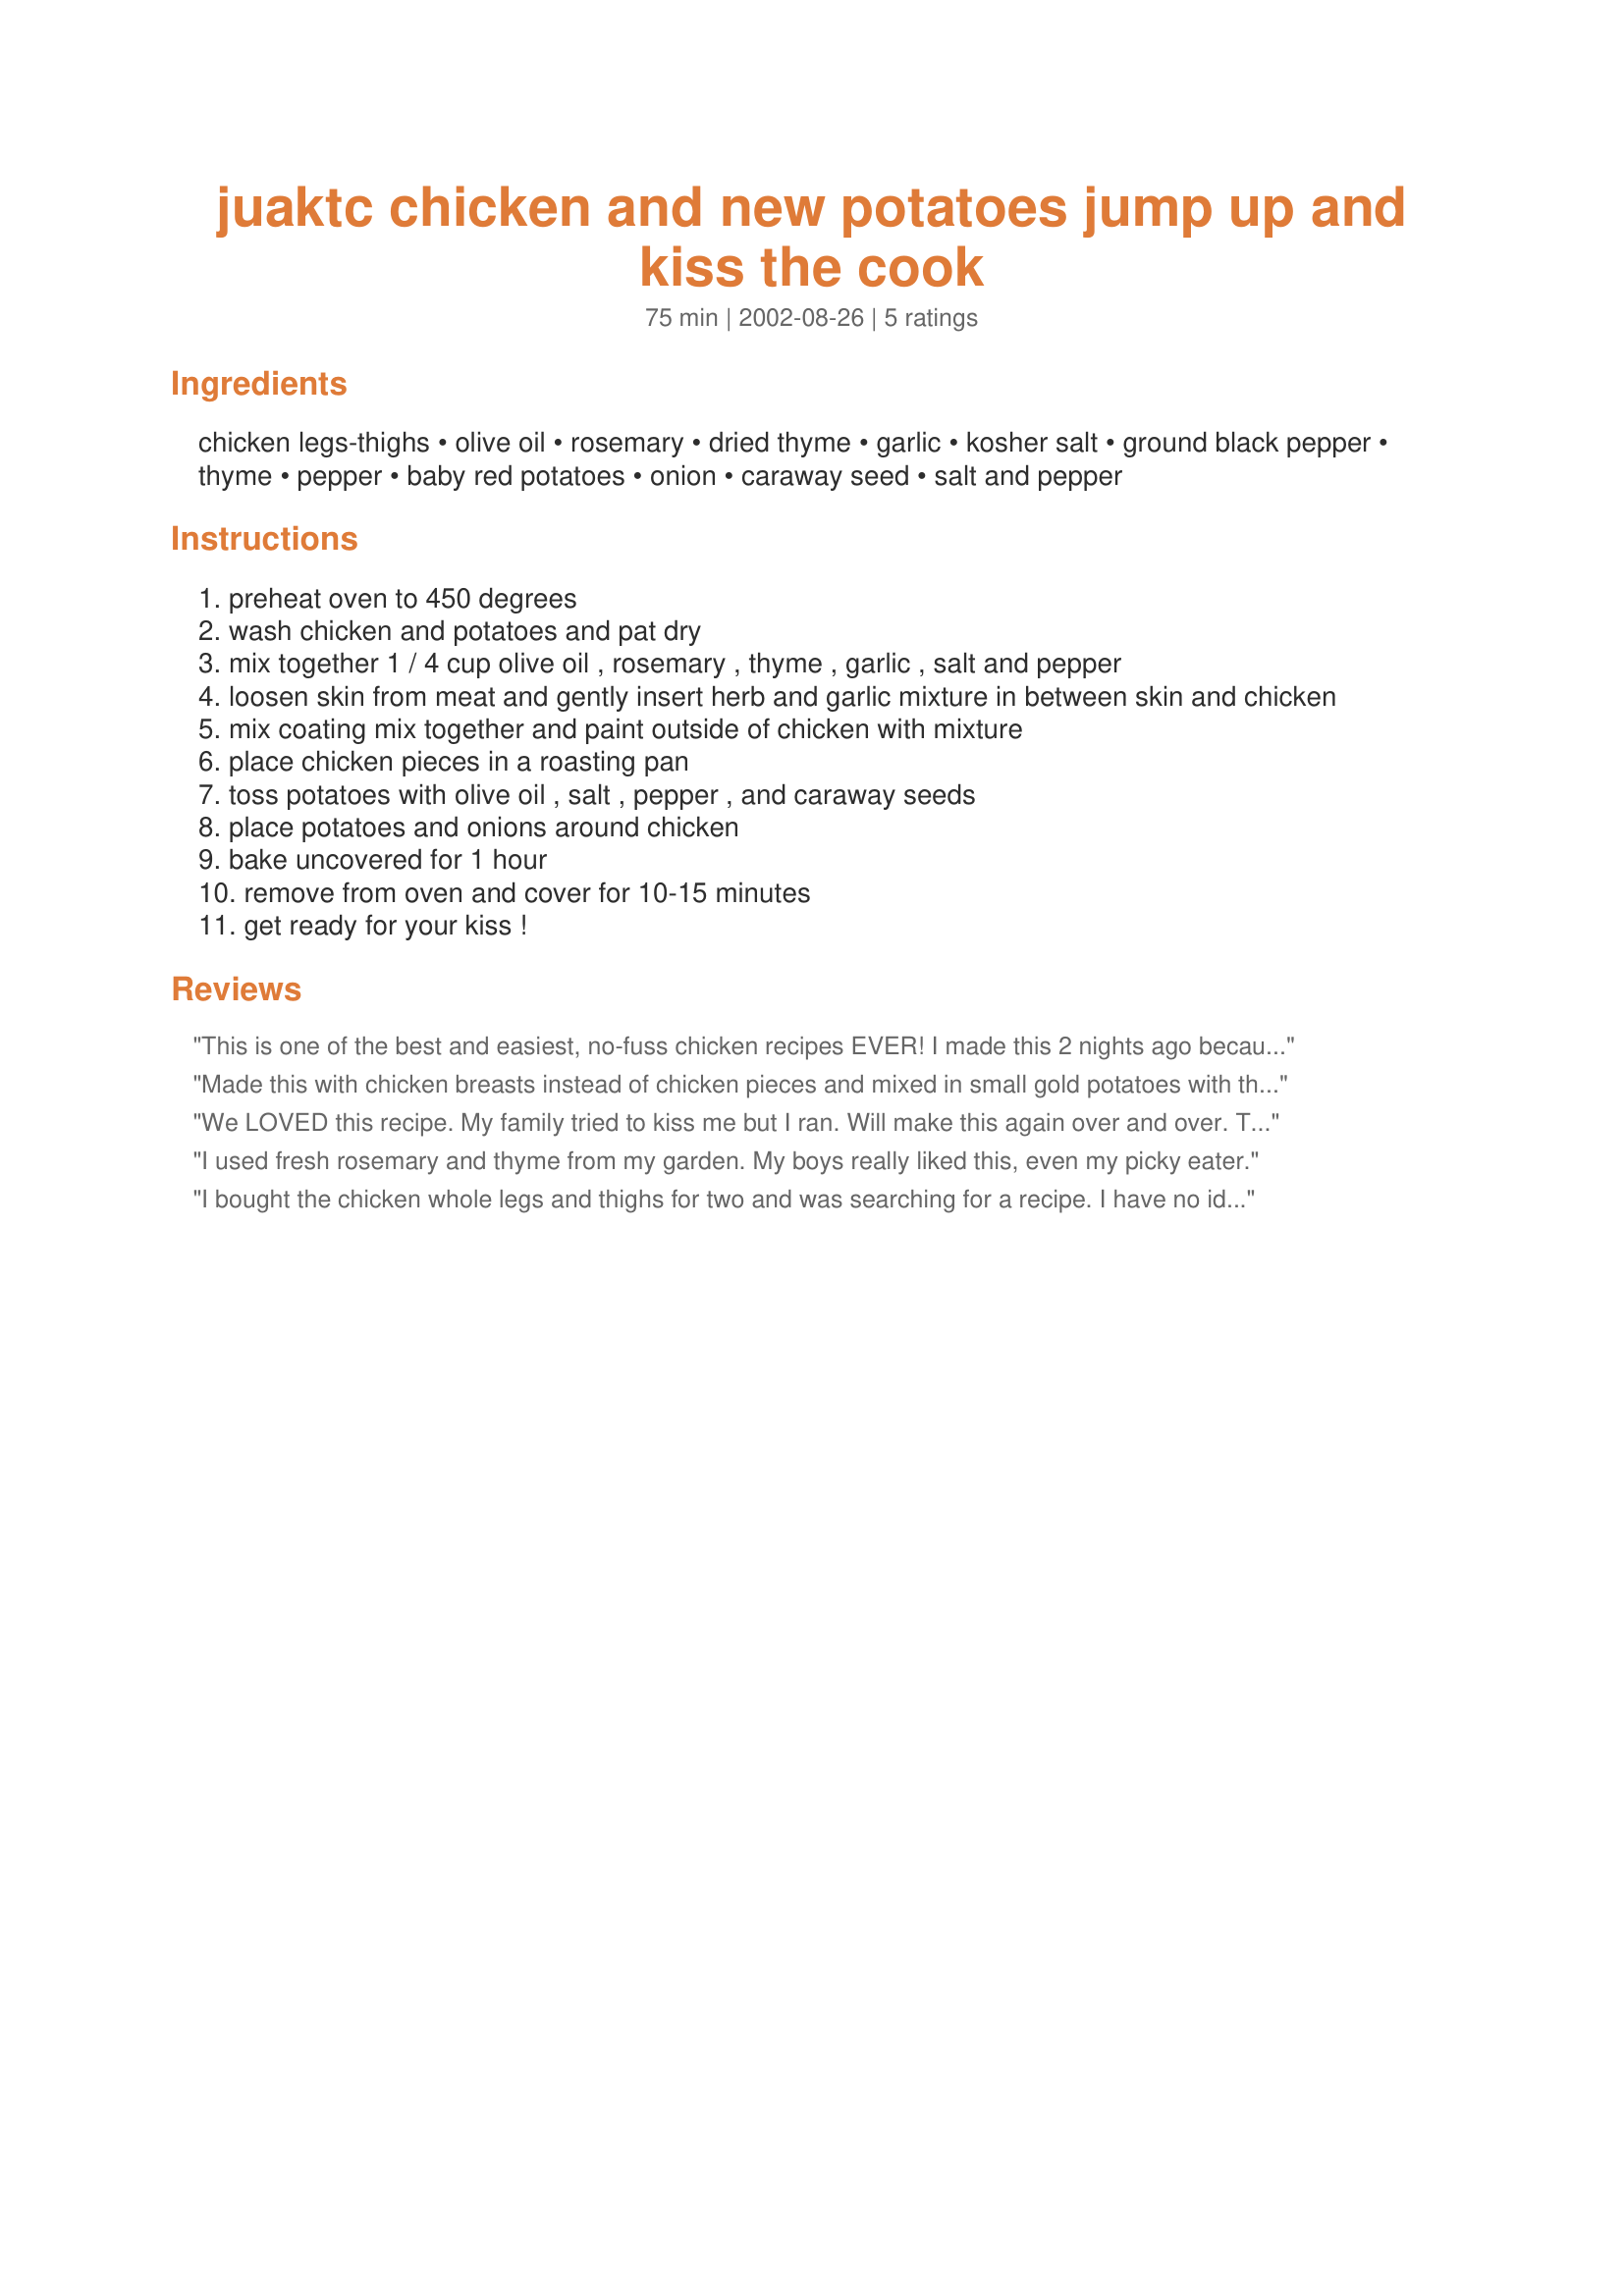
juaktc chicken and new potatoes jump up and kiss the cook
Preparation time: 75 minutes

Ingredients:
chicken legs-thighs, olive oil, rosemary, dried thyme, garlic, kosher salt, ground black pepper, thyme, pepper, baby red potatoes, onion, caraway seed, salt and pepper

Steps:
preheat oven to 450 degrees
wash chicken and potatoes and pat dry
mix together 1 / 4 cup olive oil , rosemary , thyme , garlic , salt and pepper
loosen skin from meat and gently insert herb and garlic mixture in between skin and chicken
mix coating mix together and paint outside of chicken with mixture
place chicken pieces in a roasting pan
toss potatoes with olive oil , salt , pepper , and caraway seeds
place potatoes and onions around chicken
bake uncovered for 1 hour
remove from oven and cover for 10-15 minutes
get ready for your kiss !

Reviews:
This is one of the best and easiest, no-fuss chicken recipes EVER! I made this 2 nights ago because I had leftover legs and thighs in the freezer and searched for a recipe to use them up. Even though the recipe calls for leg quarters, it worked fine with separated legs and thighs. I cooked the potatoes in a separate dish, minus the onions- also, I didn't have caraway seeds so used fennel seeds, they were most pleasant. My husband loved this, and my little dog wouldn't eat her food until I put some of this chicken on her food, she absolutely pestered me for it. I thought the one hour cooking time might be too long and was afraid it would be dry, but it wasn't! The chicken was so moist and flavorful, I can't say enough good things about this! I love that it calls for an inexpensive cut of meat, really makes this an affordable dish for a large group. Pretty enough for company too!
Made this with chicken breasts instead of chicken pieces and mixed in small gold potatoes with the red potatoes... mmmmm!!! It was melt-in-your-mouth delicious. Oh and I did get the kiss!
We LOVED this recipe. My family tried to kiss me but I ran. Will make this again over and over. Thanks so much for a great recipe.
I used fresh rosemary and thyme from my garden. My boys really liked this, even my picky eater.
I bought the chicken whole legs and thighs for two and was searching for a recipe. I have no idea, yet, if this is good, but I am making it to see if I get a JUAKTC reaction. I&#039;ll get back to you.... My husband has a broken leg, so I thought he needed to eat a chicken leg, and jumping up would really be a miracle. More later......&lt;br/&gt;&lt;br/&gt;&lt;br/&gt;My husband has called all day to ask if I posted the picture of the chicken. Hilarious, as all that remained was a couple of chicken bones. I nearly took the picture and posted it, I think that may be the best compliment a cook can get. LOVE THIS CHICKEN!!
